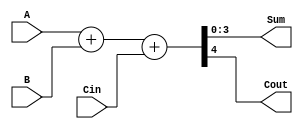
module Day31_Full_Adder(input [3:0] A,
                       input [3:0] B,
                       input Cin,
                       output [3:0]Sum,
                       output Cout);
  //The sum of A and B can be stored in Sum and Cout using the concatenation operator
  
  assign {Cout, Sum[3:0]} = A + B + Cin;
  
endmodule